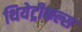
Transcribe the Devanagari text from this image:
थियेट्रीकल्स